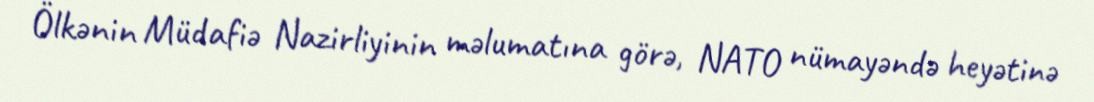
Ölkənin Müdafiə Nazirliyinin məlumatına görə, NATO nümayəndə heyətinə